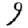
Digit: 9